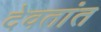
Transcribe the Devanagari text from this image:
देवतांत